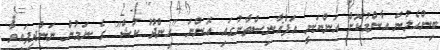
ބިންހެލުން އާންމުކޮށް އަންނަނީ އަފްޣާނިސްތާނުގައި އޮންނަ "ހިންދޫ ކުޝް" ގެ ނަމުން ނަންދީފައިވާ